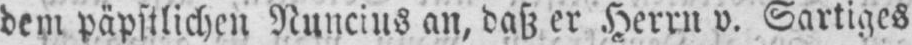
dem päpstlichen Nuncius an, daß er Herrn v. Sartiges